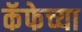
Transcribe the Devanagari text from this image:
कॅफेच्या